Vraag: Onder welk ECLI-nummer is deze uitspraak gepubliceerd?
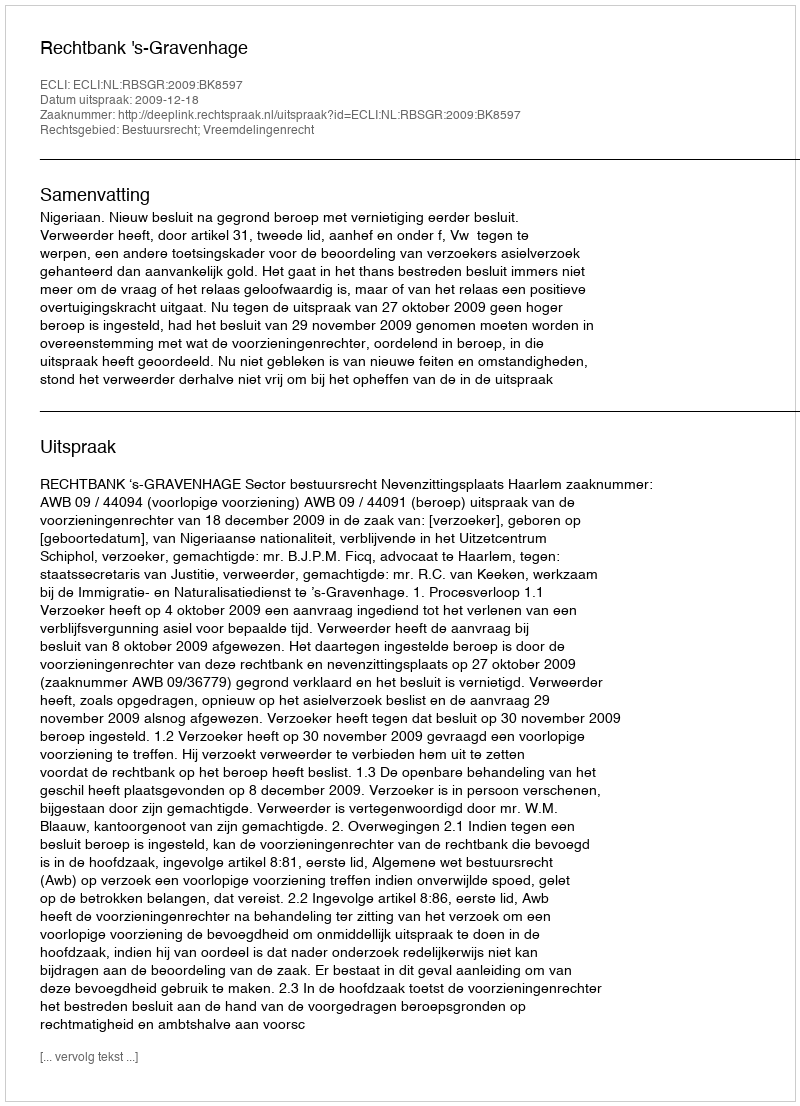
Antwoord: ECLI:NL:RBSGR:2009:BK8597